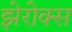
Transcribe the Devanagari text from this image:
झेरोक्स